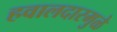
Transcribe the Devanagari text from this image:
हवालदारमुळे